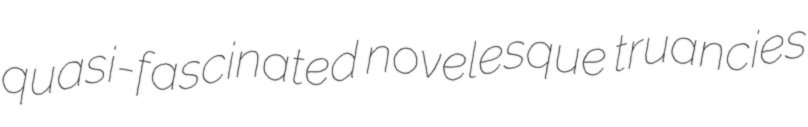
quasi-fascinated novelesque truancies